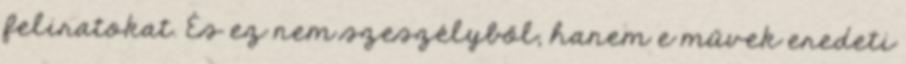
feliratokat. És ez nem szeszélyből, hanem e művek eredeti